Indian journal of veterinary science and animal husbandry - Volume 8,
Year: 1938
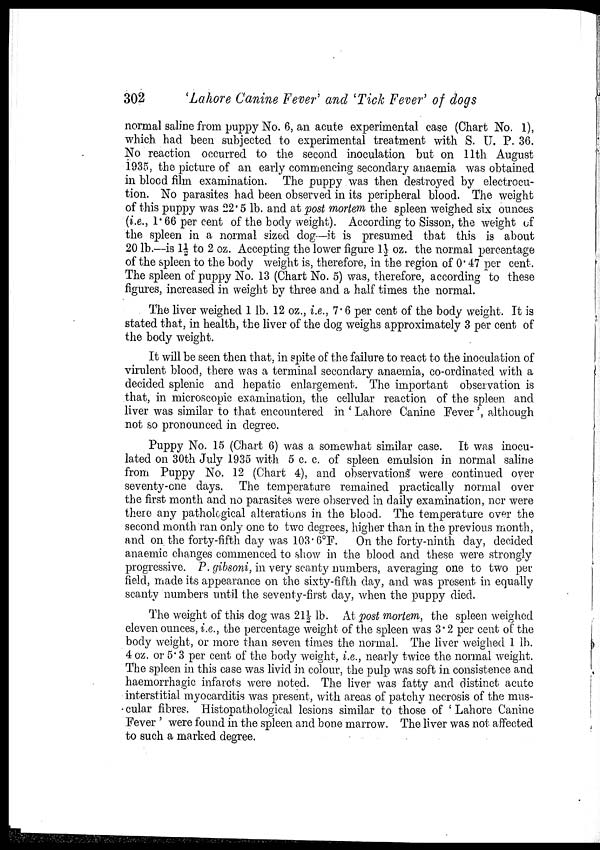
302
'Lahore Canine Fever' and 'Tick Fever' of dogs
normal saline from puppy No. 6, an acute experimental case (Chart No. 1),
which had been subjected to experimental treatment with S. U. P. 36.
No reaction occurred to the second inoculation but on 11th August
1935, the picture of an early commencing secondary anaemia was obtained
in blood film examination. The puppy was then destroyed by electrocu-
tion. No parasites had been observed in its peripheral blood. The weight
of this puppy was 22.5 lb. and at post mortem the spleen weighed six ounces
(i.e., 1.66 per cent of the body weight). According to Sisson, the weight of
the spleen in a normal sized dog—it is presumed that this is about
20 lb.—is 1½ to 2 oz. Accepting the lower figure 1½ oz. the normal percentage
of the spleen to the body weight is, therefore, in the region of 0.47 per cent.
The spleen of puppy No. 13 (Chart No. 5) was, therefore, according to these
figures, increased in weight by three and a half times the normal.
The liver weighed 1 lb. 12 oz., i.e., 7. 6 per cent of the body weight. It is
stated that, in health, the liver of the dog weighs approximately 3 per cent of
the body weight.
It will be seen then that, in spite of the failure to react to the inoculation of
virulent blood, there was a terminal secondary anaemia, co-ordinated with a
decided splenic and hepatic enlargement. The important observation is
that, in microscopic examination, the cellular reaction of the spleen and
liver was similar to that encountered in ' Lahore Canine Fever ', although
not so pronounced in degree.
Puppy No. 15 (Chart 6) was a somewhat similar case. It was inocu-
lated on 30th July 1935 with 5 c. c. of spleen emulsion in normal saline
from Puppy No. 12 (Chart 4), and observations were continued over
seventy-one days. The temperature remained practically normal over
the first month and no parasites were observed in daily examination, nor were
there any pathological alterations in the blood. The temperature over the
second month ran only one to two degrees, higher than in the previous month,
and on the forty-fifth day was 103.6°F. On the forty-ninth day, decided
anaemic changes commenced to show in the blood and these were strongly
progressive. P. gibsoni, in very scanty numbers, averaging one to two per
field, made its appearance on the sixty-fifth day, and was present in equally
scanty numbers until the seventy-first day, when the puppy died.
The weight of this dog was 21½ lb. At post mortem, the spleen weighed
eleven ounces, i.e., the percentage weight of the spleen was 3.2 per cent of the
body weight, or more than seven times the normal. The liver weighed 1 lb.
4 oz. or 5.3 per cent of the body weight, i.e., nearly twice the normal weight.
The spleen in this case was livid in colour, the pulp was soft in consistence and
haemorrhagic infarcts were noted. The liver was fatty and distinct acute
interstitial myocarditis was present, with areas of patchy necrosis of the mus¬
cular fibres. Histopathological lesions similar to those of 'Lahore Canine
Fever ' were found in the spleen and bone marrow. The liver was not affected
to such a marked degree.